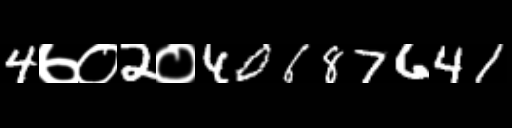
Text: 4७०2०40687641